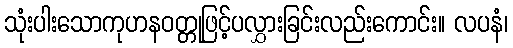
သုံးပါးသောကုဟနဝတ္တုဖြင့်ပလွှားခြင်းလည်းကောင်း။ လပနံ၊